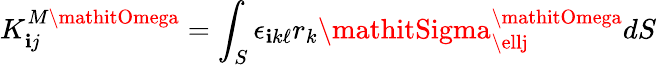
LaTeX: K_{\mathbf{i}j}^{M\mathitOmega}=\int_{S}\epsilon_{\mathbf{i}k\ell}r_{k}\mathitSigma_{\ellj}^{\mathitOmega}dS